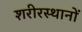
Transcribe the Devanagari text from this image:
शरीरस्थानों